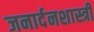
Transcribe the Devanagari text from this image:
जनार्दनशास्त्री